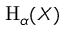
\mathrm { H } _ { \alpha } ( X )